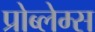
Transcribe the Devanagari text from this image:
प्रोब्लेम्स